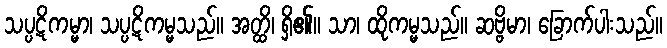
သပ္ပဋိကမ္မာ၊ သပ္ပဋိကမ္မသည်။ အတ္ထိ၊ ရှိ၏။ သာ၊ ထိုကမ္မသည်။ ဆဗ္ဗိမာ၊ ခြောက်ပါးသည်။